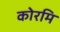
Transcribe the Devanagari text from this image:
कोरमि